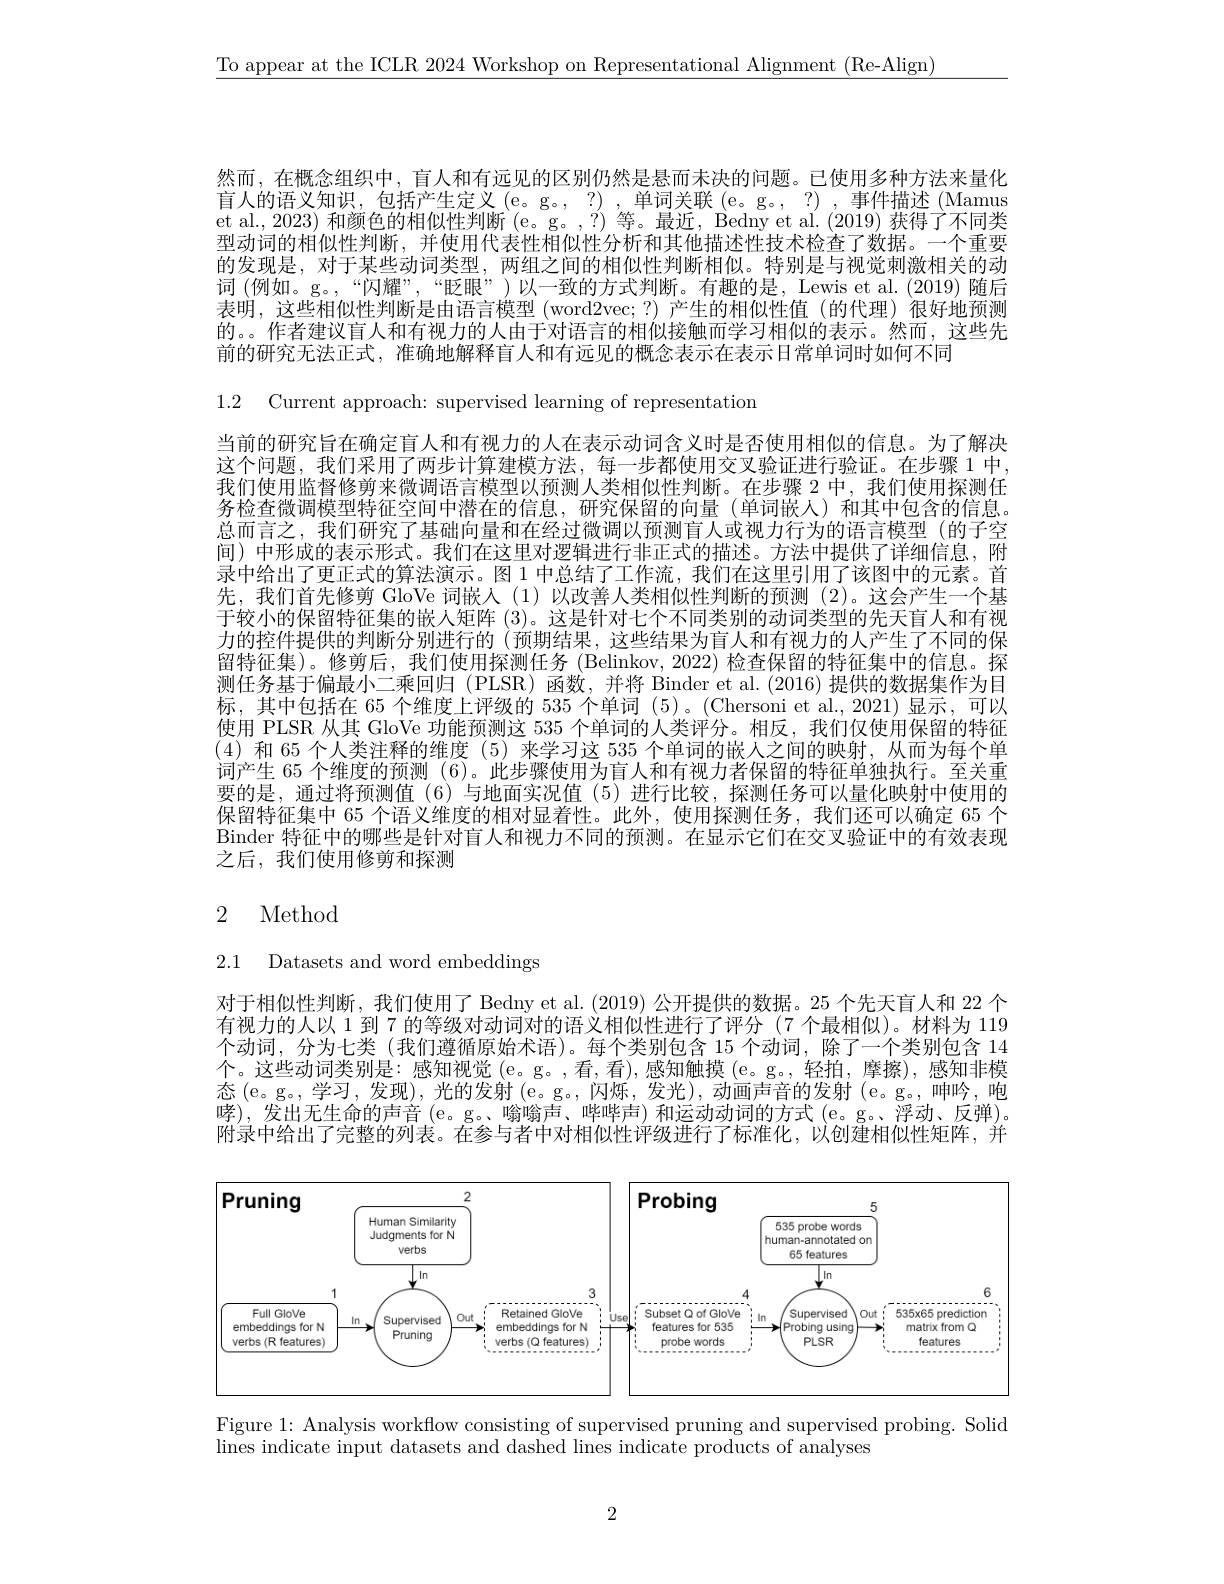
$\underline{\text{To appear at the ICLR 2024 Workshop on Representational Alignment (Re-Align)}}$

然而，在概念组织中，盲人和有远见的区别仍然是悬而未决的问题。已使用多种方法来量化盲 人 的 语 义 知 识 , 包 括 产 生 定 义 ( e。g。, ? ) , 单 词 关 联 ( e。g。, ? ) , 事 件 描 述 ( Mamus 首 人 的 语 义 知 识 , 包 括 产 生 定 义 ( e。g。, ? ) , 单 词 关 联 ( e。g。, ? ) , 事 件 描 述 ( Mamus 本et al., 2023) 和颜色的相似性判断 (e。g。,?) 等。最近，Bedny et al. (2019) 获得了不同类型动词的相似性判断，并使用代表性相似性分析和其他描述性技术检查了数据。一个重要的发现是，对于某些动词类型，两组之间的相似性判断相似。特别是与视觉刺激相关的动词 (例如。g。,“闪耀”,“眨眼”)以一致的方式判断。有趣的是，Lewis et al.(2019)随后表明，这些相似性判断是由语言模型 (word2vec;?)产生的相似性值(的代理)很好地预测的。。作者建议盲人和有视力的人由于对语言的相似接触而学习相似的表示。然而，这些先前的研究无法正式，准确地解释盲人和有远见的概念表示在表示日常单词时如何不同

1.2 Current approach: supervised learning of representation

当前的研究旨在确定盲人和有视力的人在表示动词含义时是否使用相似的信息。为了解决这个问题，我们采用了两步计算建模方法，每一步都使用交叉验证进行验证。在步骤 1 中， 我们使用监督修剪来微调语言模型以预测人类相似性判断。在步骤 2 中，我们使用探测任务检查微调模型特征空间中潜在的信息，研究保留的向量(单词嵌人)和其中包含的信息。总而言之，我们研究了基础向量和在经过微调以预测盲人或视力行为的语言模型(的子空间)中形成的表示形式。我们在这里对逻辑进行非正式的描述。方法中提供了详细信息，附录中给出了更正式的算法演示。图 1 中总结了工作流，我们在这里引用了该图中的元素。首先，我们首先修剪 GloVe 词嵌人(1)以改善人类相似性判断的预测(2)。这会产生一个基于较小的保留特征集的嵌人矩阵 (3)。这是针对七个不同类别的动词类型的先天盲人和有视力的控件提供的判断分别进行的 (预期结果，这些结果为盲人和有视力的人产生了不同的保留特征集)。修剪后，我们使用探测任务 (Belinkov, 2022) 检查保留的特征集中的信息。探测任务基于偏最小二乘回归 (PLSR)函数，并将 Binder et al. (2016) 提供的数据集作为目标，其中包括在 65 个维度上评级的 535 个单词 (5)。(Chersoni et al.,2021)显示，可以使用 PLSR 从其 GloVe 功能预测这 535 个单词的人类评分。相反，我们仅使用保留的特征(4)和 65 个人类注释的维度 (5)来学习这 535 个单词的嵌人之间的映射，从而为每个单词产生 65 个维度的预测 (6)。此步骤使用为盲人和有视力者保留的特征单独执行。至关重要的是，通过将预测值(6)与地面实况值(5)进行比较，探测任务可以量化映射中使用的保留特征集中 65 个语义维度的相对显着性。此外，使用探测任务，我们还可以确定 65 个Binder 特征中的哪些是针对盲人和视力不同的预测。在显示它们在交叉验证中的有效表现之后，我们使用修剪和探测

# 2 Method

2.1 Datasets and word embeddings

对于相似性判断，我们使用了 Bedny et al. (2019) 公开提供的数据。25 个先天盲人和 22 个有视力的人以 1 到 7 的等级对动词对的语义相似性进行了评分 (7 个最相似)。材料为 119个动词，分为七类 (我们遵循原始术语)。每个类别包含 15 个动词，除了一个类别包含 14个。这些动词类别是：感知视觉 (e。g。,看，看),感知触摸 (e。g。,轻拍，摩擦),感知非模态$\left(\mathrm{e},\mathrm{g}_{\circ},\text{学习，发现}\right)$,光的发射$\left(\mathrm{e}。\mathrm{g}_{\circ},\text{闪烁，发光}\right)$,动画声音的发射$\left(\mathrm{e}。\mathrm{g}_{\circ},\text{呻吟，咆}\right)$ 哮),发出无生命的声音$\left(\mathrm{e}\text{。g。、嗡嗡声、哔哔声}\right)$和运动动词的方式$\left(\mathrm{e}\text{。g。浮动、反弹}\right)$。附录中给出了完整的列表。在参与者中对相似性评级进行了标准化，以创建相似性矩阵，并

<FigureHere>

Figure 1: Analysis workflow consisting of supervised pruning and supervised probing. Solid
lines indicate input datasets and dashed lines indicate products of analyses

2